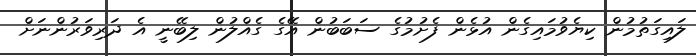
ލައިގަތުމުން ކިޔެވުމައިގެން އުޅެން ފެށުމުގެ ސަބަބުން އޭގެ ގެއްލުން ލިބޭނީ އެ ދަރިވަރުންނަށް